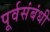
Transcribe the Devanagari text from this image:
पूर्वसंबंधी